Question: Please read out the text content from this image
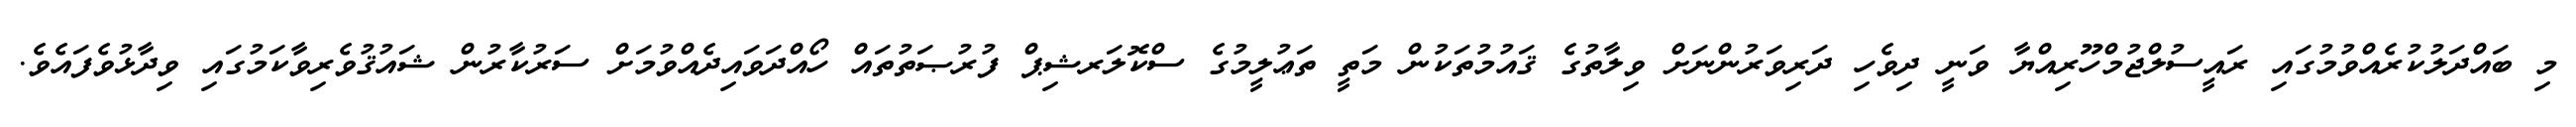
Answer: މި ބައްދަލުކުރެއްވުމުގައި ރައީސުލްޖުމްހޫރިއްޔާ ވަނީ ދިވެހި ދަރިވަރުންނަށް ވިލާތުގެ ޤައުމުތަކުން މަތީ ތަޢުލީމުގެ ސްކޮލަރޝިޕް ފުރުޞަތުތައް ހޯއްދަވައިދެއްވުމަށް ސަރުކާރުން ޝައުޤުވެރިވާކަމުގައި ވިދާޅުވެފައެވެ.